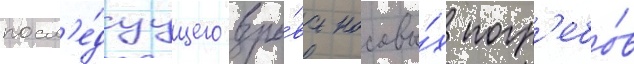
посл'е́дуущего взры́ва носовы́х погр'ебо́в